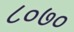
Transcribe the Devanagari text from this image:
८०७०